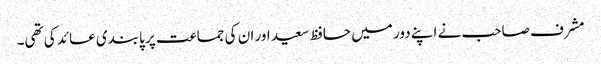
مشرف صاحب نے اپنے دور میں حافظ سعید اور ان کی جماعت پر پابندی عائد کی تھی۔